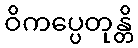
ဝိကပ္ပေတုန္တိ